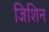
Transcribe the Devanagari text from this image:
जिशिन